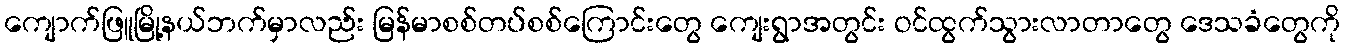
ကျောက်ဖြူမြို့နယ်ဘက်မှာလည်း မြန်မာစစ်တပ်စစ်ကြောင်းတွေ ကျေးရွာအတွင်း ဝင်ထွက်သွားလာတာတွေ ဒေသခံတွေကို